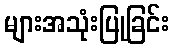
များအသုံးပြုခြင်း